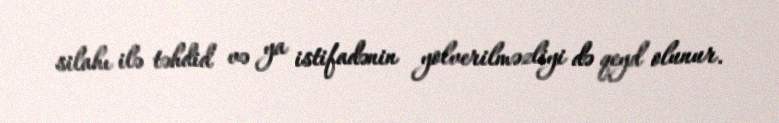
silahı ilə təhdid və ya istifadənin yolverilməzliyi də qeyd olunur.